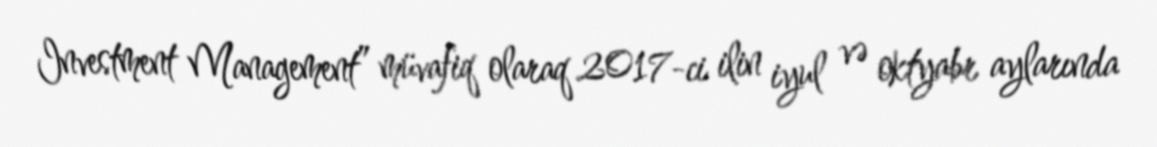
Investment Management” müvafiq olaraq 2017-ci ilin iyul və oktyabr aylarında